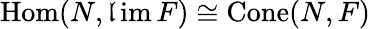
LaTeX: \operatorname{Hom}(N,\operatorname*{\mathfrak{l}im}F)\cong\operatorname{Cone}(N,F)